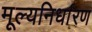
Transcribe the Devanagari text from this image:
मूल्‍यनिर्धारण